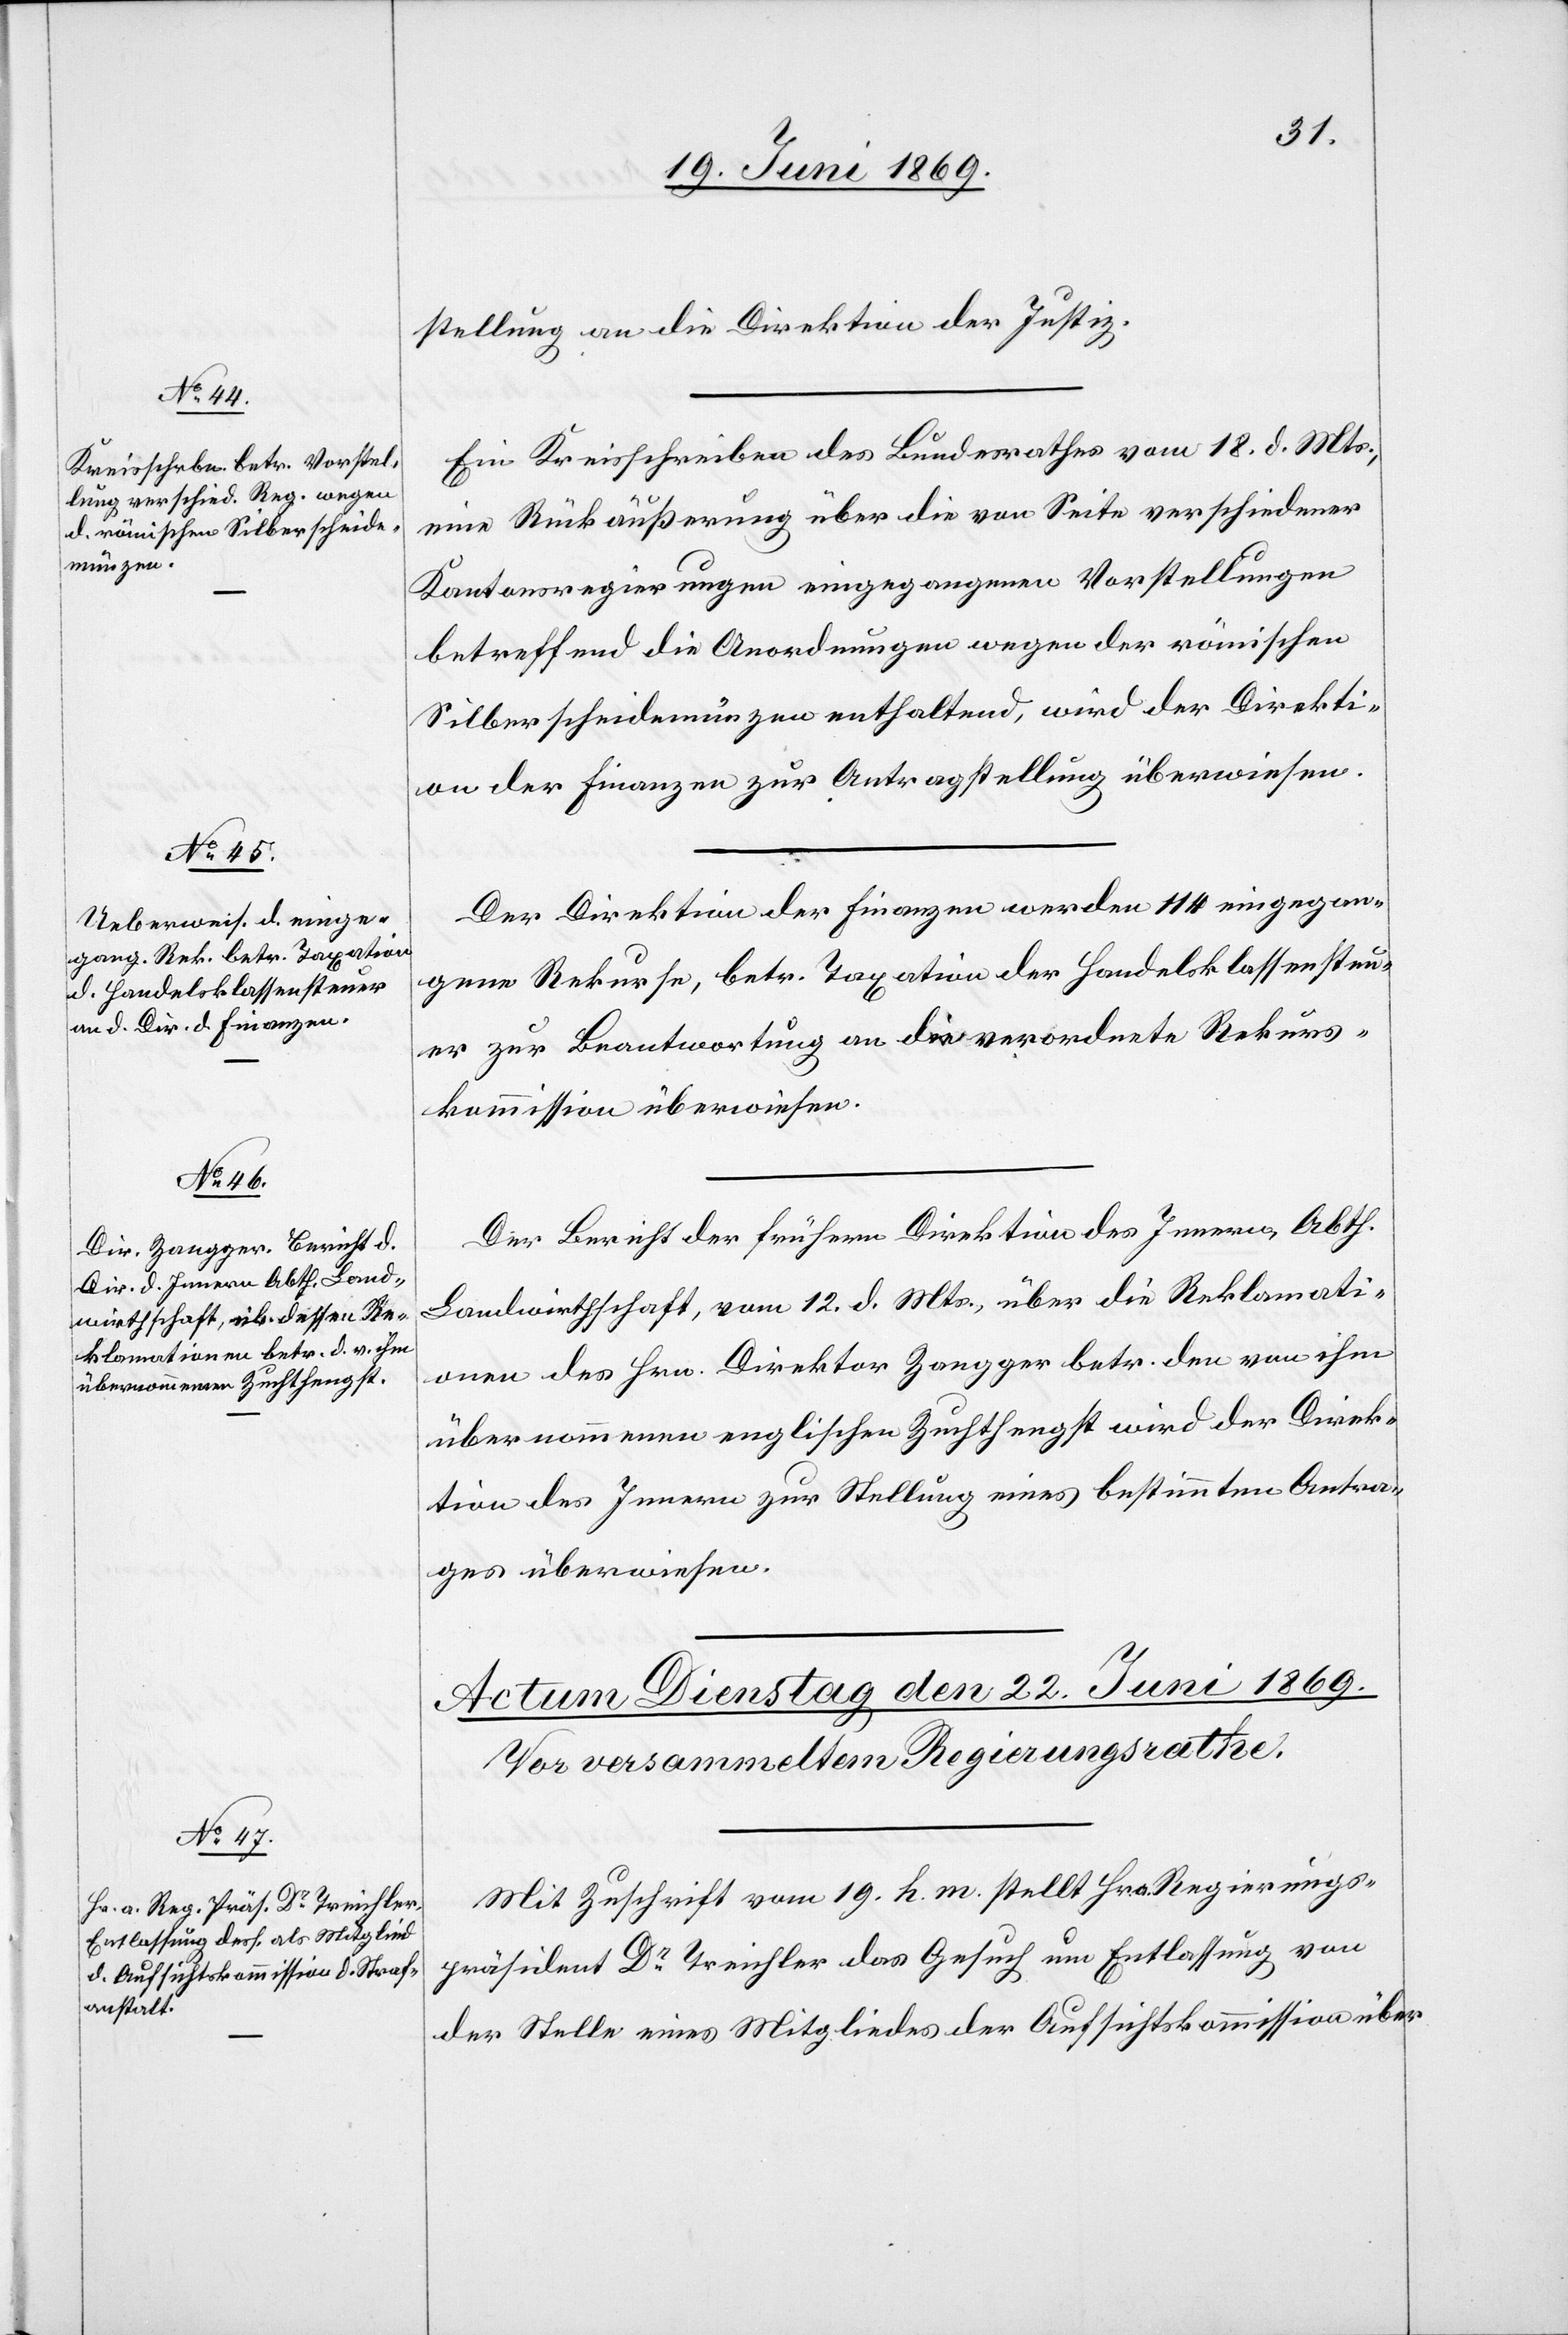
20. Juni 1869.]
stellung an die Direktion der Justiz.
Ein Kreisschreiben des Bundesrathes vom 18. d. Mts.,
eine Rückäußerung über die von Seite verschiedener
Kantonsregierungen eingegangenen Vorstellungen
betreffend die Anordnungen wegen der römischen
Silberscheidemünzen enthaltend, wird der Direkti¬
on der Finanzen zur Antragstellung überwiesen.
Der Direktion der Finanzen werden 114 eingegan¬
gene Rekurse, betr. Taxation der Handelsklassensteu¬
er zur Beantwortung an die verordnete Rekurs¬
kommission überwiesen.
Der Bericht der frühern Direktion des Innern, Abth.
Landwirthschaft, vom 12. d. Mts., über die Reklamati¬
on des Hrn. Direktor Zangger betr. den von ihm
übernommenen englischen Zuchthengst wird der Direk¬
tion des Innern zur Stellung eines bestimmten Antra¬
ges überwiesen.
Mit Zuschrift vom 19. h. m. stellt Hr. a. Regierungs¬
präsident Dr Treichler das Gesuch um Entlassung von
der Stelle eines Mitgliedes der Aufsichtskommission über